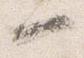
一